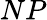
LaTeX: NP